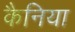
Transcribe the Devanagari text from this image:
कैनिया